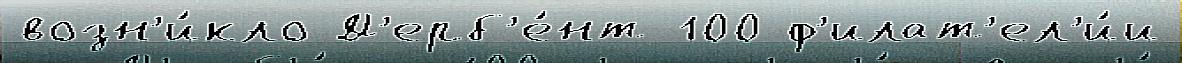
возн'и́кло Д'ерб'е́нт 100 ф'илат'ел'и́и